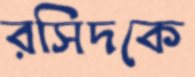
রসিদকে